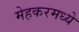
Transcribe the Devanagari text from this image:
मेहकरमध्ये